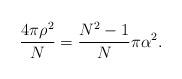
LaTeX: \begin{align*}\frac{4\pi\rho^{2}}{N}=\frac{N^{2}-1}{N}\pi\alpha^{2}. \end{align*}